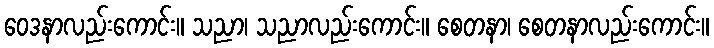
ဝေဒနာလည်းကောင်း။ သညာ၊ သညာလည်းကောင်း။ စေတနာ၊ စေတနာလည်းကောင်း။